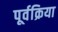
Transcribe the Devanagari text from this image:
पूर्वक्रिया